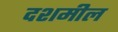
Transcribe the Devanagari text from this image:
दशमील